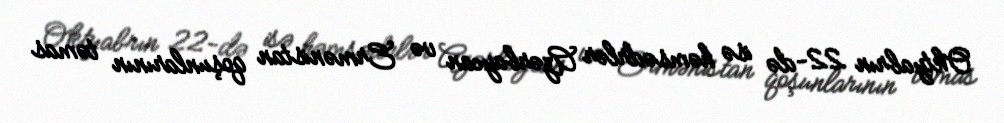
Oktyabrın 22-də isə həmsədrlər Azərbaycan və Ermənistan qoşunlarının təmas